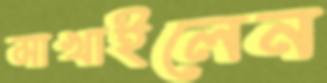
মাখাইলেন